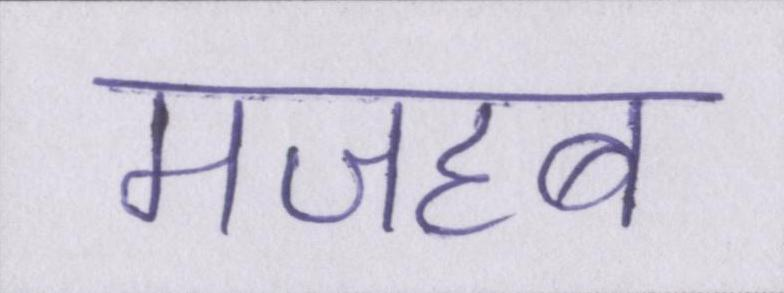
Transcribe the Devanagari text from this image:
मजहब